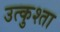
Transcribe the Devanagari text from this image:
उत्कुश्ता